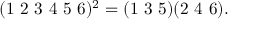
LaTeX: ( 1 ~ 2 ~ 3 ~ 4 ~ 5 ~ 6 ) ^ { 2 } = ( 1 ~ 3 ~ 5 ) ( 2 ~ 4 ~ 6 ) .